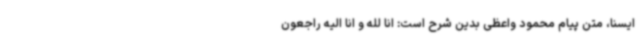
ایسنا، متن پیام محمود واعظی بدین شرح است: انا لله و انا الیه راجعون